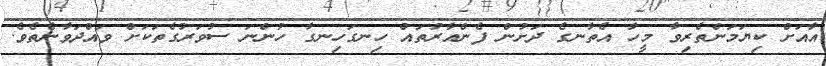
އާއަށް ކިޔަމަންތެރިވާ މީހާ އެތާނގެ ދަށުން ފެންއާރުތައް ހިނގަހިނގާ ހުންނަ ސުވަރުގެތަކަށް ވައްދަވާނެތެވެ.